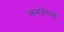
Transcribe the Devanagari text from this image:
सनदेच्या